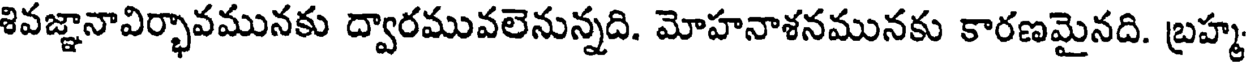
శివజ్ఞానావిర్భావమునకు ద్వారమువలెనున్నది. మోహనాశనమునకు కారణమైనది. బ్రహ్మ